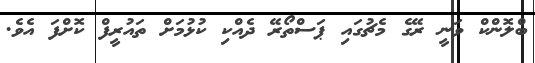
ބްލޮންކް ވަނީ ރޭގެ މެޗުގައި ޕަސްތޯރޭ ދެއްކި ކުޅުމަށް ތައުރީފް ކޮށްފަ އެވެ.